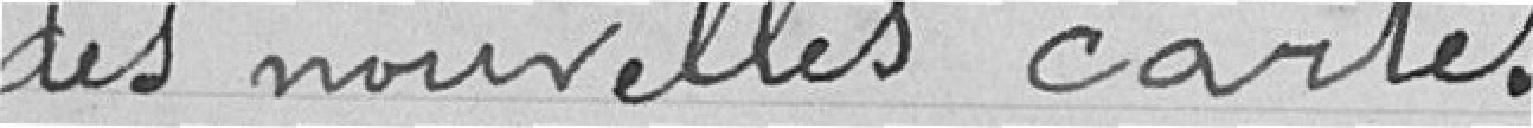
des nouvelles cartes